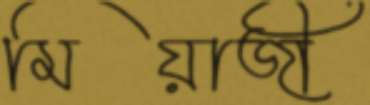
মিয়াজী